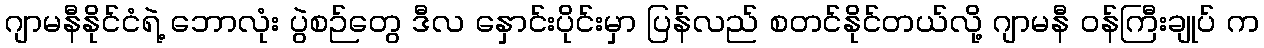
ဂျာမနီနိုင်ငံရဲ့ ဘောလုံး ပွဲစဉ်တွေ ဒီလ နှောင်းပိုင်းမှာ ပြန်လည် စတင်နိုင်တယ်လို့ ဂျာမနီ ဝန်ကြီးချုပ် က